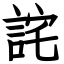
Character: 詫